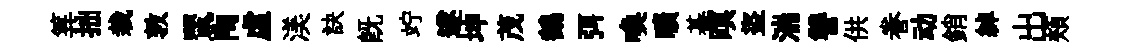
筭拙栽敦鸎陶虚渼訣既竚遂坤茂鶴弭喚曠綦暝盜湍讐供眷动銷綽出頰